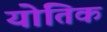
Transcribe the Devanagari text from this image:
योतिक